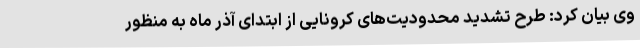
وی بیان کرد: طرح تشدید محدودیت‌های کرونایی از ابتدای آذر ماه به منظور